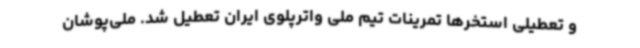
و تعطیلی استخرها تمرینات تیم ملی واترپلوی ایران تعطیل شد. ملی‌پوشان